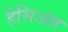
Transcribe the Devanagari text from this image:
हैसिअत